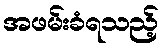
အဖမ်းခံရသည့်